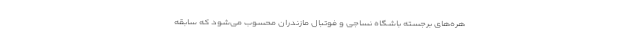
هره‌های برجسته باشگاه نساجی و فوتبال مازندران محسوب می‌شود که سابقه